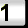
Digit: 1